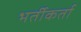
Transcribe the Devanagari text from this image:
भर्तीकर्ता